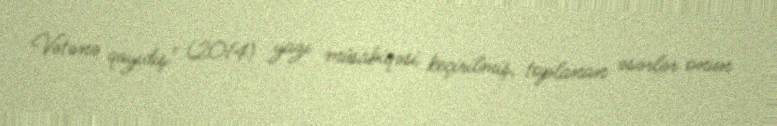
Vətənə qayıdış" (2014) yazı müsabiqəsi keçirilmiş, toplanan əsərlər onun